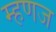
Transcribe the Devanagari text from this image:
म्हणज